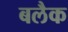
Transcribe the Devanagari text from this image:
बलैक